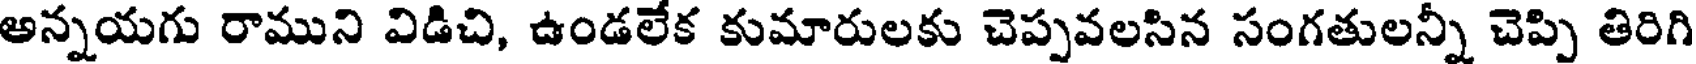
అన్నయగు రాముని విడిచి, ఉండలేక కుమారులకు చెప్పవలసిన సంగతులన్నీ చెప్పి తిరిగి